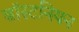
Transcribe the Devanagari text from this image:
बॉस्टनियन